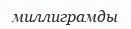
миллиграмды